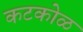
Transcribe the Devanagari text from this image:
कटकोळ